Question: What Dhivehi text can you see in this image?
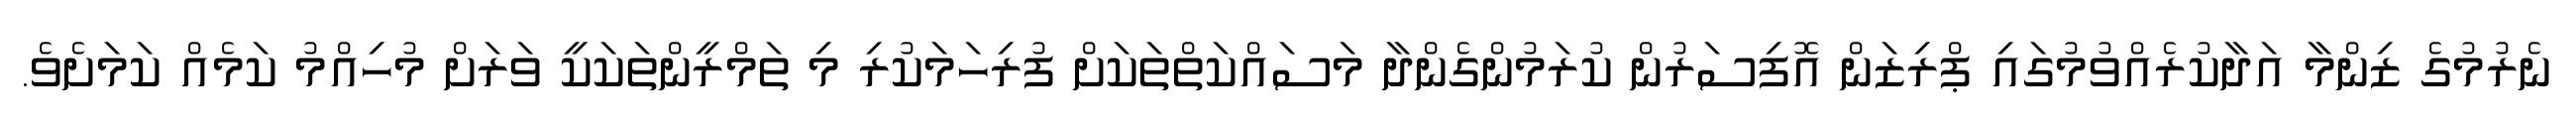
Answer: ނެރުމުގެ ޒިންމާ އަދާކުރެއްވުމުގައި ޕްރިޒަން އޮފިސަރުން ކުރަމުންގެންދާ މަސައްކަތްތަކަށް ފުރިހަމަކުރި މި ތަމްރީންތަކަކީ ވަރަށް މުހިއްމު ކަމެއް ކަމަށެވެ.